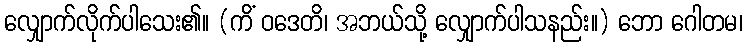
လျှောက်လိုက်ပါသေး၏။ (ကိံ ဝဒေတိ၊ အဘယ်သို့ လျှောက်ပါသနည်း။) ဘော ဂေါတမ၊